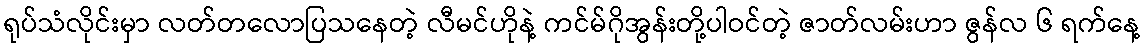
ရုပ်သံလိုင်းမှာ လတ်တလောပြသနေတဲ့ လီမင်ဟိုနဲ့ ကင်မ်ဂိုအွန်းတို့ပါဝင်တဲ့ ဇာတ်လမ်းဟာ ဇွန်လ ၆ ရက်နေ့